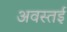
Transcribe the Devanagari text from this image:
अवस्तई